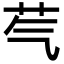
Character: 芞